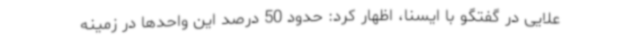
علایی در گفتگو با ایسنا، اظهار کرد: حدود 50 درصد این واحدها در زمینه